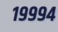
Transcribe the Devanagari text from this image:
१९९९४